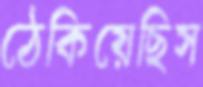
ঠেকিয়েছিস